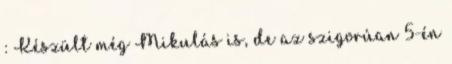
: Készült még Mikulás is, de az szigorúan 5-én